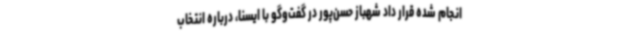
انجام شده قرار داد شهباز حسن‌پور در گفت‌وگو با ایسنا، درباره انتخاب